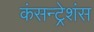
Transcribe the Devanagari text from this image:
कंसन्ट्रेशंस